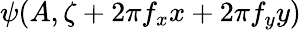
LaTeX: \psi(A,\zeta+2\pi f_{x}x+2\pi f_{y}y)